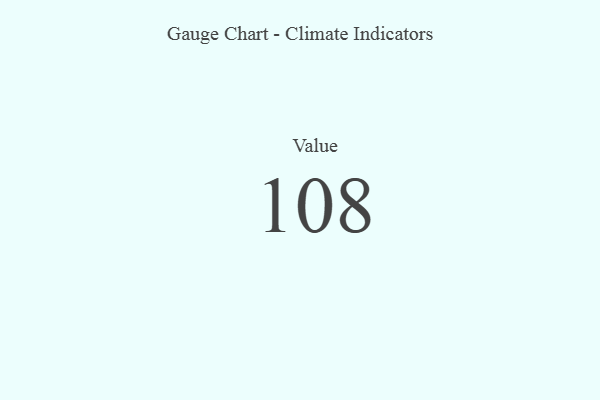
{"axis": {"x": "Metric", "y": "Value"}, "legend": [""], "data": [{"x": "Value", "y": 108, "type": ""}]}